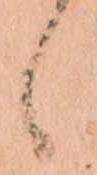
候